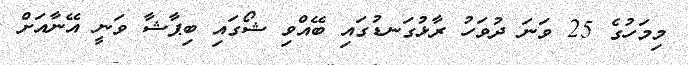
މިމަހުގެ 25 ވަނަ ދުވަހު ރާޅުގަނޑުގައި ބޭއްވި ޝޯގައި ބިޕާޝާ ވަނީ އޭނާއަށް